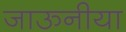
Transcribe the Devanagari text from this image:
जाऊनीया